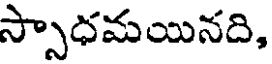
స్సాధమయినది,